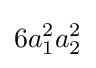
6a_{1}^{2}a_{2}^{2}